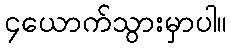
၄ယောက်သွားမှာပါ။